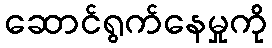
ဆောင်ရွက်နေမှုကို